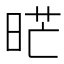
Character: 𭦇